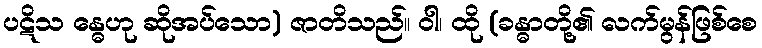
ပဋိသ န္ဓေဟု ဆိုအပ်သော) ဇာတိသည်။ ဝါ၊ ထို (ခန္ဓာတို့၏ လက်မွန်ဖြစ်စေ